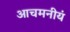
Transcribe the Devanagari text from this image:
आचमनीयं